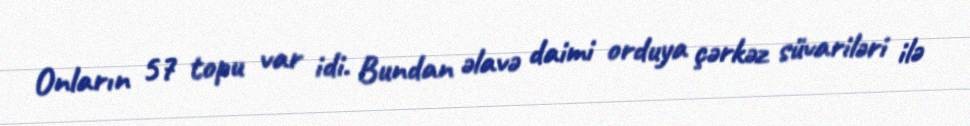
Onların 57 topu var idi. Bundan əlavə daimi orduya çərkəz süvariləri ilə